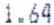
1.64